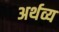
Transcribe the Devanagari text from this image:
अर्थव्य